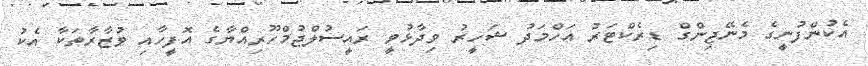
އެކުންފުނީގެ މެނޭޖިންގް ޑިރެކްޓަރު އަހްމަދު ޝަހީރު ވިދާޅުވީ ރައީސުލްޖުމްހޫރިއްޔާގެ އޮފީހާއި ވުޒާރާތަކާ އެކު